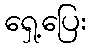
ရှေ့ပြေး